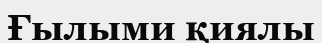
Ғылыми қиялы